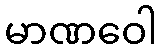
မာဏဝေါ